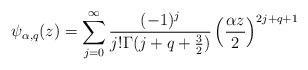
LaTeX: \begin{align*}\psi_{\alpha,q}(z)=\sum_{j=0}^{\infty}\frac{(-1)^{j}}{j!\Gamma(j+q+\frac{3}{2})}\left(\frac{\alpha z}{2}\right)^{2j+q+1}\end{align*}